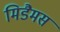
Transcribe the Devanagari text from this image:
मिडैमस